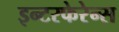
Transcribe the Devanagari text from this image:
इन्टरफेरेन्स